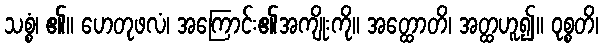
သစ္စံ၊ ၏။ ဟေတုဖလံ၊ အကြောင်း၏အကျိုးကို။ အတ္ထောတိ၊ အတ္ထဟူ၍။ ဝုစ္စတိ၊